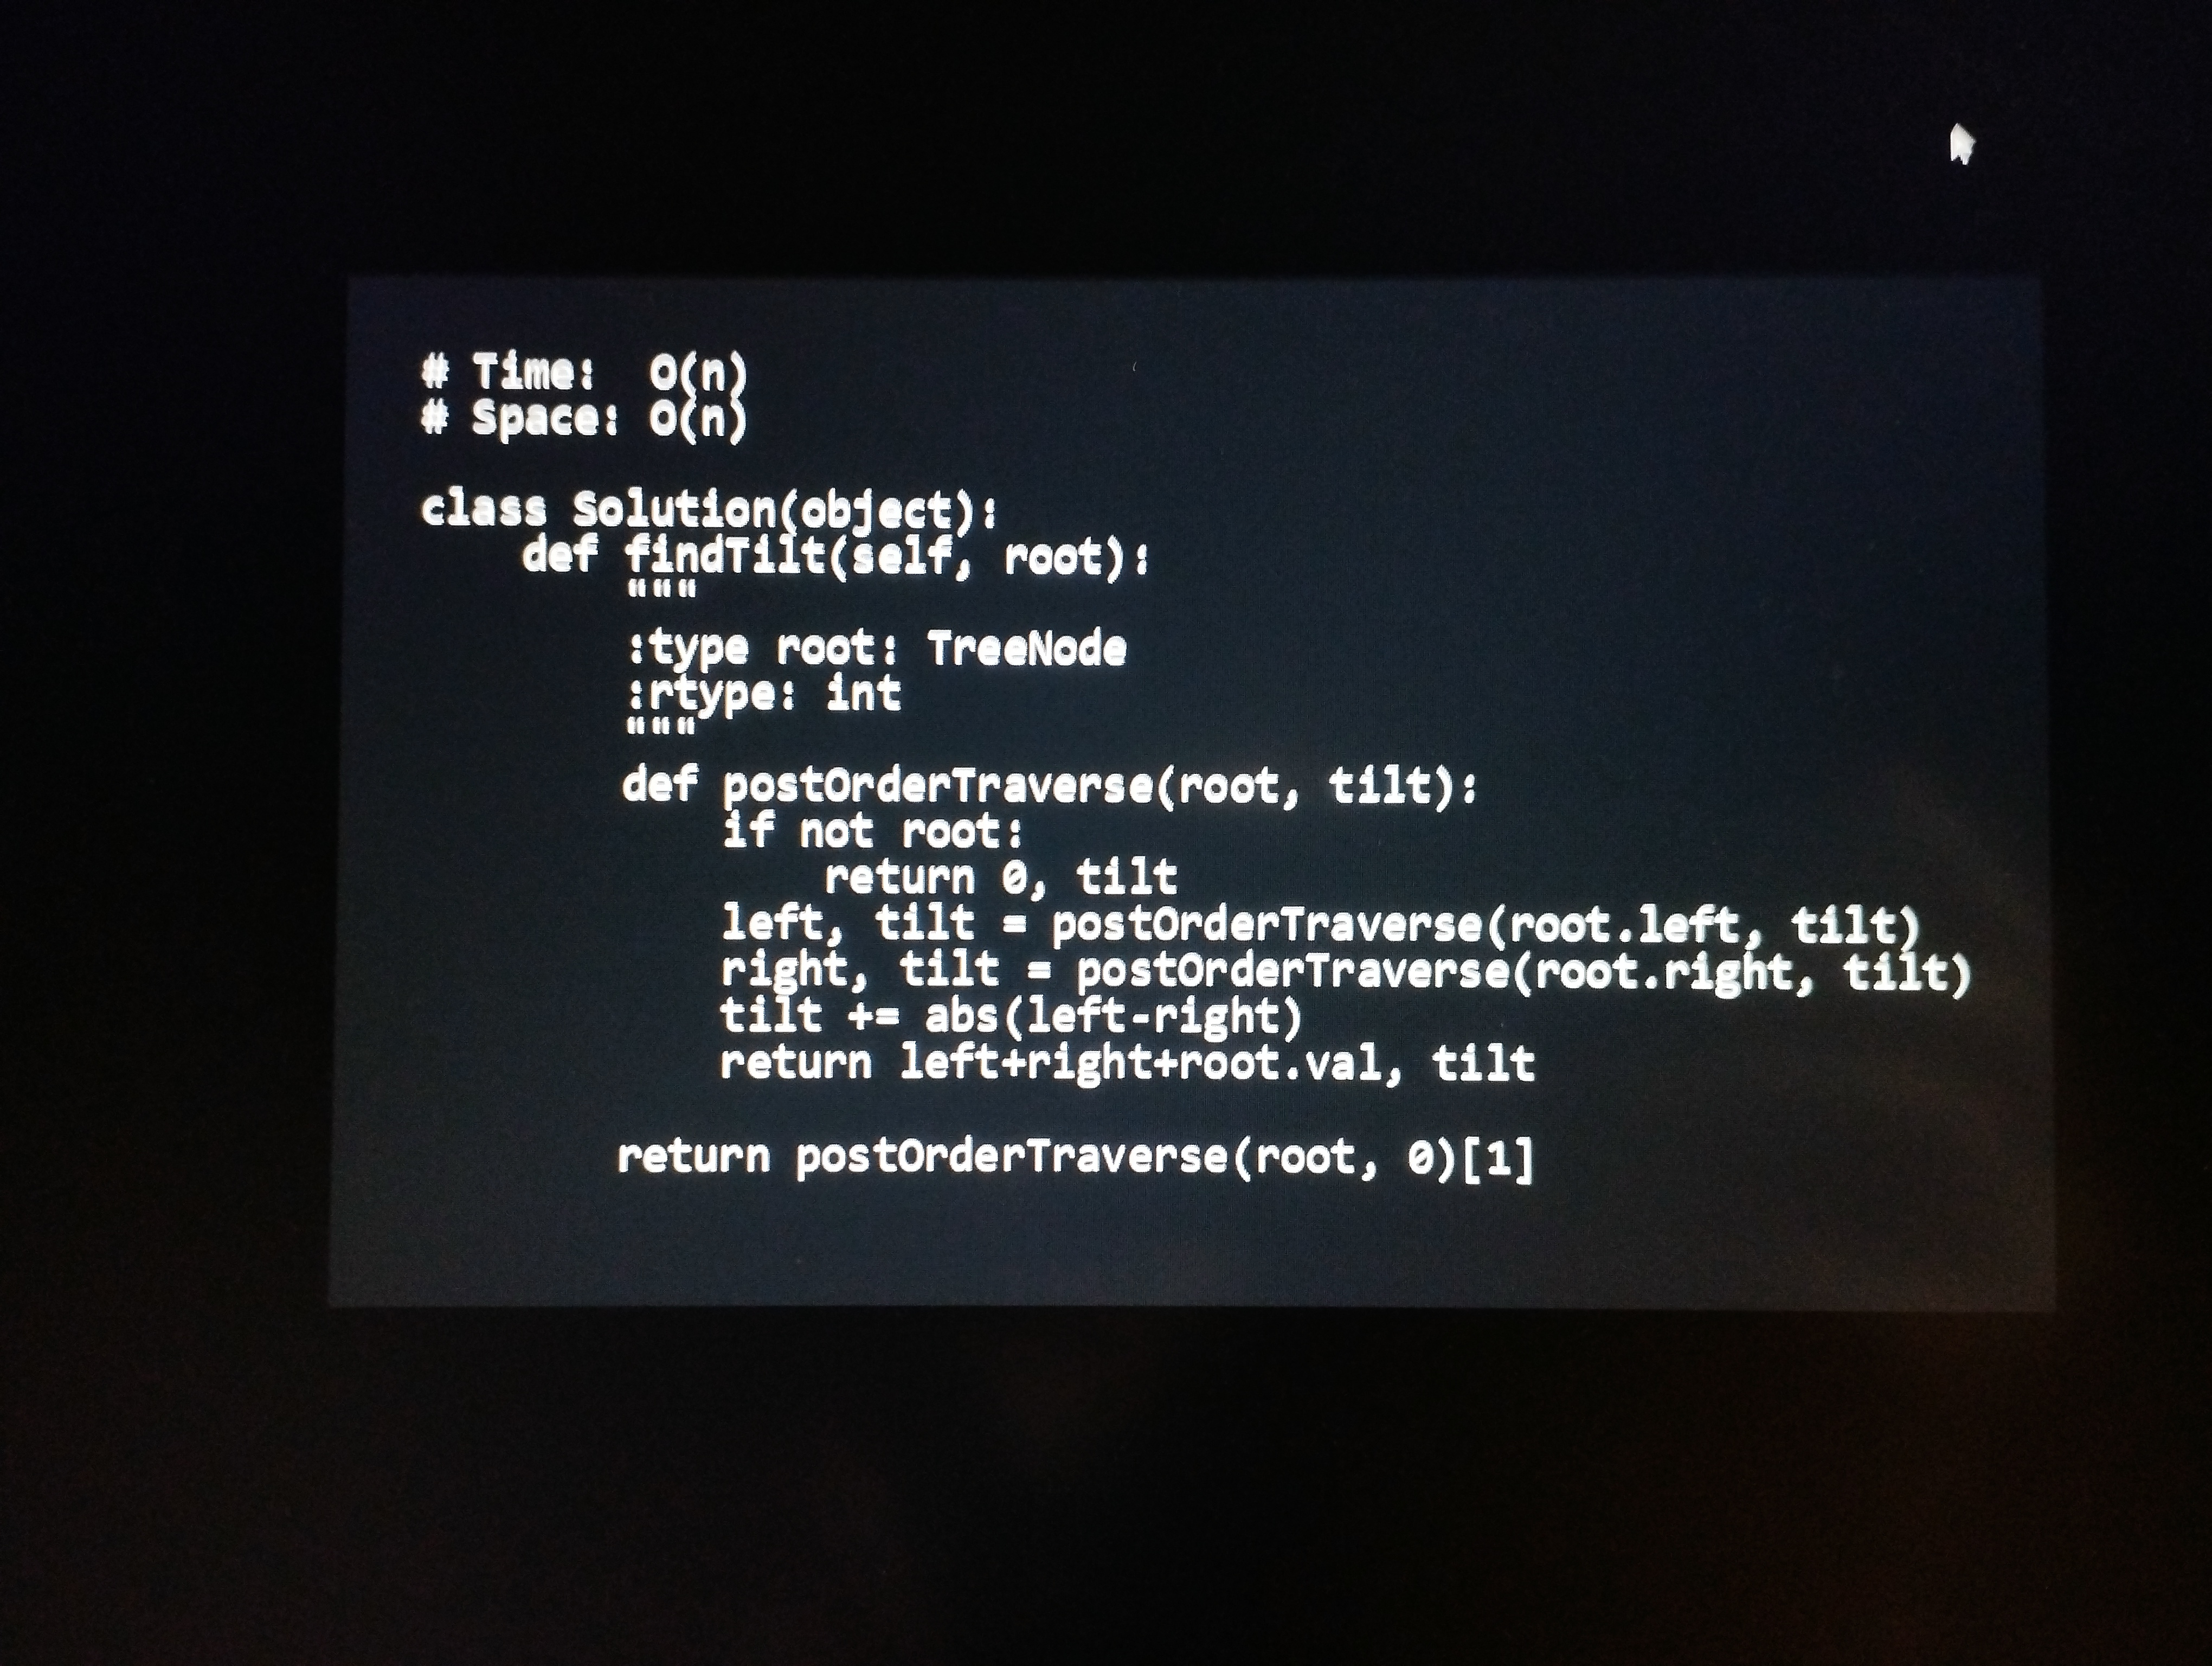
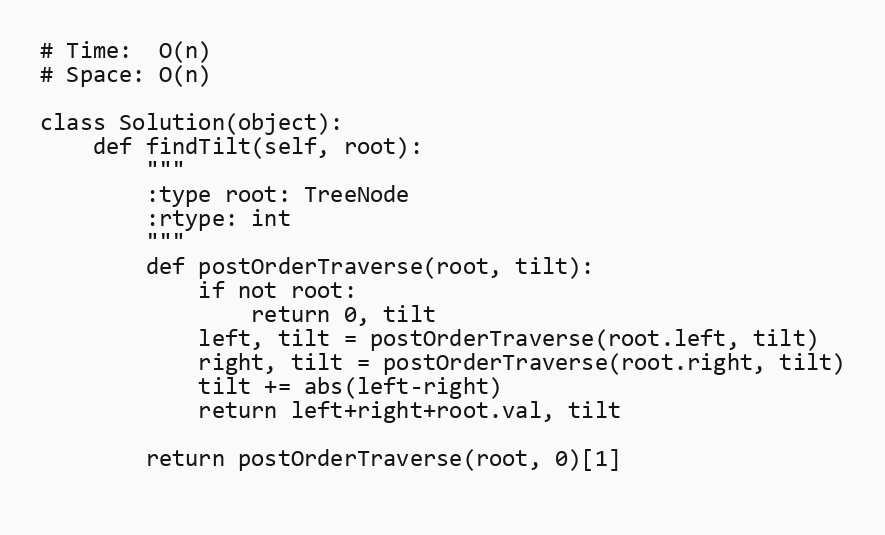
# Time:  O(n)
# Space: O(n)

class Solution(object):
    def findTilt(self, root):
        """
        :type root: TreeNode
        :rtype: int
        """
        def postOrderTraverse(root, tilt):
            if not root:
                return 0, tilt
            left, tilt = postOrderTraverse(root.left, tilt)
            right, tilt = postOrderTraverse(root.right, tilt)
            tilt += abs(left-right)
            return left+right+root.val, tilt

        return postOrderTraverse(root, 0)[1]